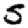
Digit: 5